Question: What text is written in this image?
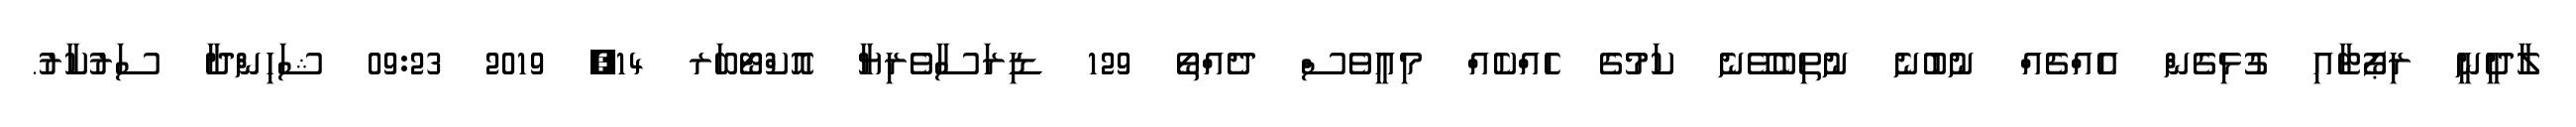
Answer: ލާދީނީ ރިޕޯޓާއި ގުޅިގެން އެއްޗެއް ނުބުނެ ނުތިބެވޭނެ ކަމުގެ ހެއްކެއް މިއީވެސް ދެއްތޯ 129 ޑިރަސާވެރިޔާ އޮކްޓޯބަރ 14, 2019 09:23 ޝަހިންދާ ސަރުކާރު.